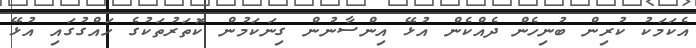
އެކަމަކު ކުރިން ބުނިހެން ދެއްކެން އުޅޭ އިންސާނުން ގިނަކަމުން ކޮތަރުތަކުގެ ހައްގުގައި އުޅޭ